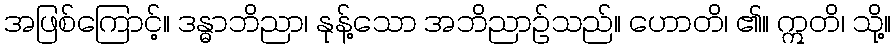
အဖြစ်ကြောင့်။ ဒန္ဓာဘိညာ၊ နုန့်သော အဘိညာဉ်သည်။ ဟောတိ၊ ၏။ ဣတိ၊ သို့။